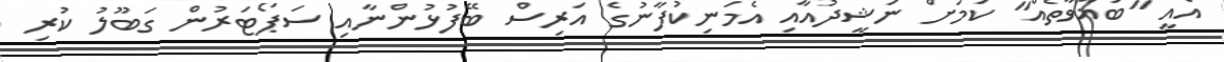
އެއީ "ބަޣާވާތެއް" ކަމަށް ނަޝީދުއާއި އެމަނިކުފާނުގެ އަރިސް ބޭފުޅުންނާއި ސަޕޯޓަރުން ގަބޫލު ކުރި